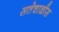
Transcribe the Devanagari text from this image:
सतेचाळीस